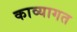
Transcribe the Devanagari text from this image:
काव्यागत